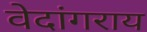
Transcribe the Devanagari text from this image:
वेदांगराय